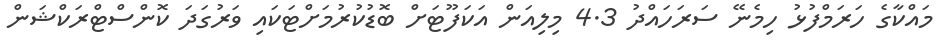
މައްކާގެ ހަރަމްފުޅު ހިމެނޭ ސަރަހައްދު 4.3 މިލިއަން އަކަފޫޓަށް ބޮޑުކުރުމަށްޓަކައި ވަރުގަދަ ކޮންސްޓްރަކްޝަން